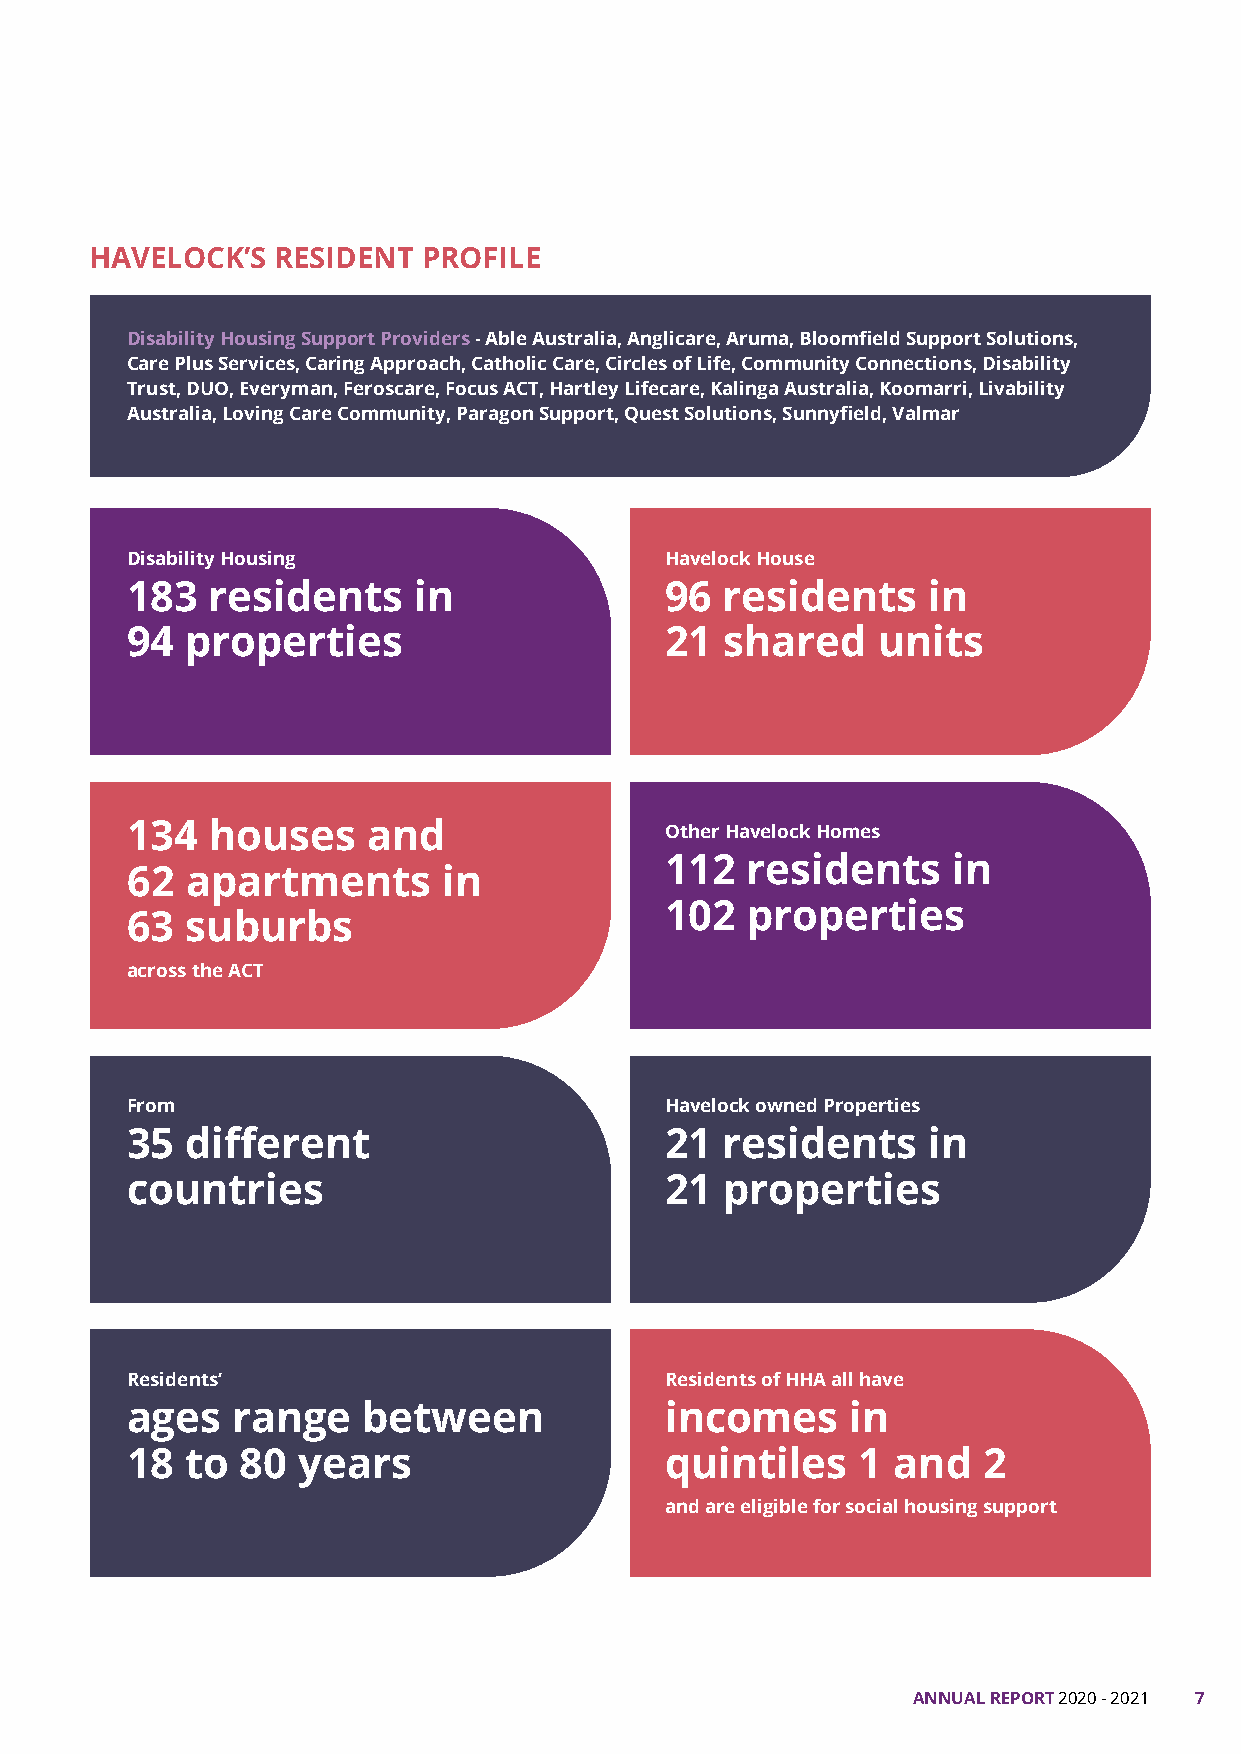
HAVELOCK’S  RESIDENT  PROFILE
 Disability Housing Support Providers - Able Australia, Anglicare, Aruma, Bloomfield Support Solutions,
 Care Plus Services, Caring Approach, Catholic Care, Circles of Life, Community Connections, Disability
 Trust, DUO, Everyman, Feroscare, Focus ACT, Hartley Lifecare, Kalinga Australia, Koomarri, Livability
 Australia, Loving Care Community, Paragon Support, Quest Solutions, Sunnyfield, Valmar
 Disability Housing                  Havelock House
 183   residents    in               96  residents    in
 94  properties                      21  shared    units
 134   houses    and                 Other Havelock Homes
 112  residents     in
 62  apartments       in
 102  properties
 63  suburbs
 across the ACT
 From                                Havelock owned Properties
 35  different                       21  residents    in
 countries                           21  properties
 Residents’                          Residents of HHA all have
 ages   range    between             incomes     in
 18  to  80  years                   quintiles    1 and   2
 and are eligible for social housing support
 ANNUAL REPORT 2020 - 2021 7